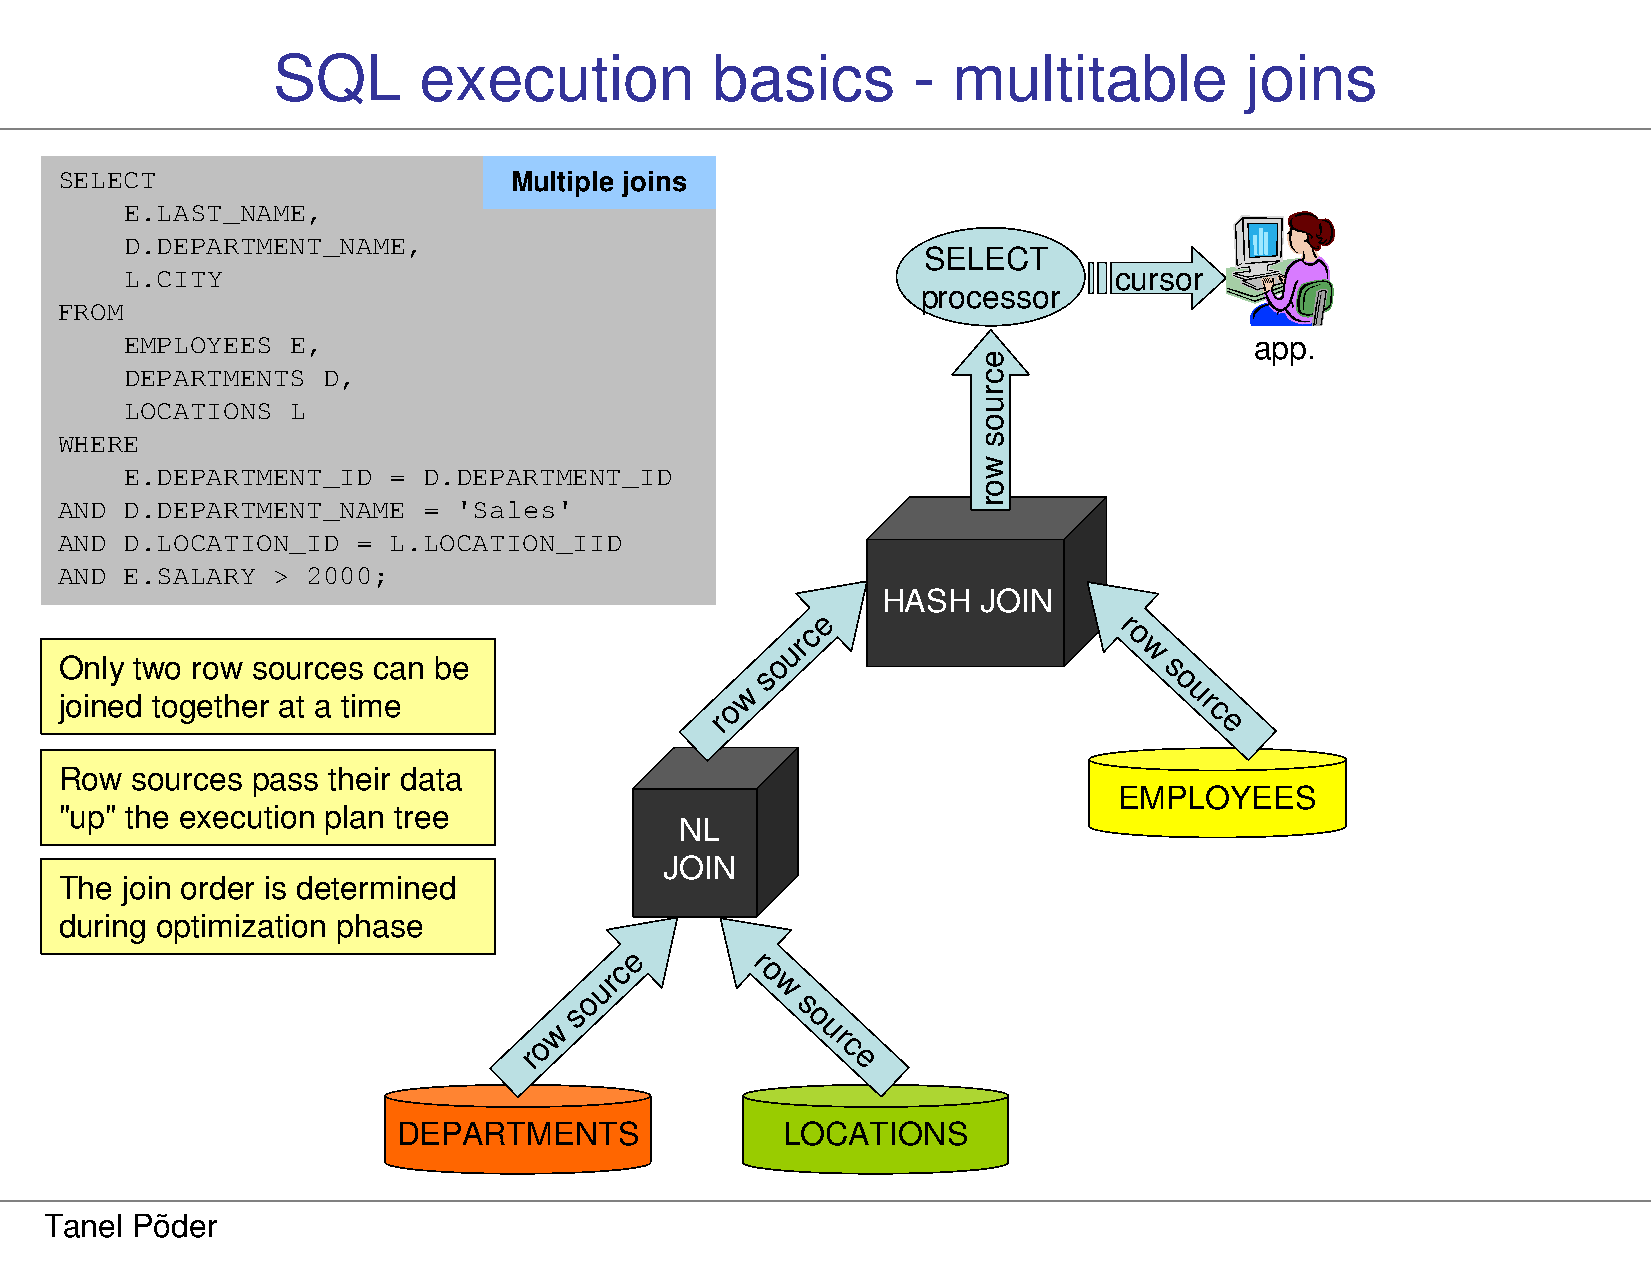
SQL       execution          basics       -  multitable         joins
 SELECT                        Multiple joins
 E.LAST_NAME,
 D.DEPARTMENT_NAME,
 SELECT
 L.CITY                                                            cursor
 processor
 FROM
 EMPLOYEES  E,                                                              app.
 DEPARTMENTS  D,
 LOCATIONS  L
 WHERE
 E.DEPARTMENT_ID   = D.DEPARTMENT_ID
 AND D.DEPARTMENT_NAME   = 'Sales'
 AND D.LOCATION_ID   = L.LOCATION_IID
 AND E.SALARY  > 2000;
 HASH   JOIN
 e
 c                    r
 r                    o
 Only two row sources can be
 ou                      w
 s                          s
 w
 o
 u
 joined together at a time                   o                              r
 r                                c
 e
 Row  sources pass their data
 EMPLOYEES
 "up" the execution plan tree
 NL
 JOIN
 The join order is determined
 during optimization phase
 e
 c       r
 r         o
 ou          w
 s             s
 w
 o
 u
 o                   r
 r                   c
 e
 DEPARTMENTS               LOCATIONS
 Tanel Põder
 ecruos
 wor